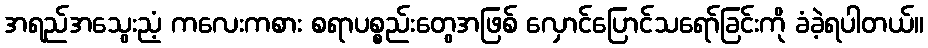
အရည်အသွေးညံ့ ကလေးကစား စရာပစ္စည်းတွေအဖြစ် လှောင်ပြောင်သရော်ခြင်းကို ခံခဲ့ရပါတယ်။